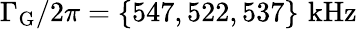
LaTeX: \Gamma_{\mathrm{G}}/2\pi=\mathrm{\{ 547,522,537\} \, \, kHz}